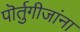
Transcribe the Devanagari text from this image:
पॊर्तुगीजांना